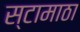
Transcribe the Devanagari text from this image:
स्टामाठा